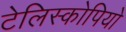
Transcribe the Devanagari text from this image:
टेलिस्कोपियो